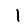
Digit: 1